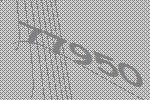
77950